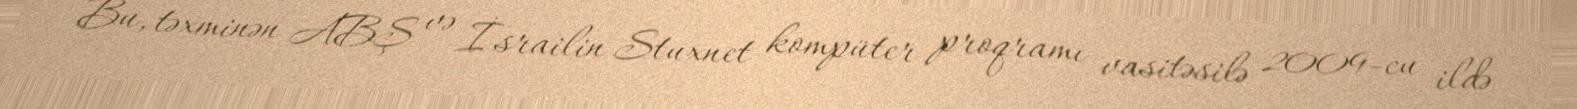
Bu, təxminən ABŞ və İsrailin Stuxnet kompüter proqramı vasitəsilə 2009-cu ildə